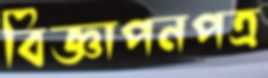
বিজ্ঞাপনপত্র